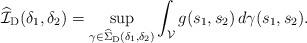
LaTeX: \begin{align*}\widehat{\mathcal{I}}_{\mathrm{D}} (\delta_1, \delta_2) = \sup_{\gamma \in \widehat{\Sigma}_{\mathrm{D}} (\delta_1, \delta_2)} \int_{\mathcal{V} } g(s_1,s_2) \, d\gamma(s_1,s_2).\end{align*}